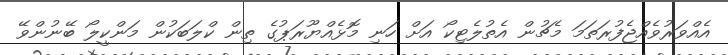
އެއްވަރުވެއްޖެފުރަތަމަ މެޗުން އެތުލެޓިކޯ އަށް ހަނި މޮޅެއްޔޫރަޕުގެ ތިން ކްލަބަކުން މަންކީލޯ ބޭނުންވޭ